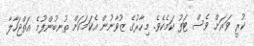
ކުރީ ވަރަށް ވެސް ޓަފު ކަމެކެވެ. މިހާރުގެ ޒުވާނުން އެކަމަކަށް ތުނބުންފުމެ އަތްޖަހާލާ